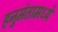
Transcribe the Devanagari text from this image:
हनुमंतामध्ये